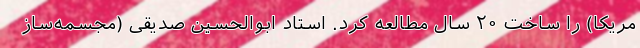
مریکا) را ساخت ۲۰ سال مطالعه کرد. استاد ابوالحسین صدیقی (مجسمه‌ساز